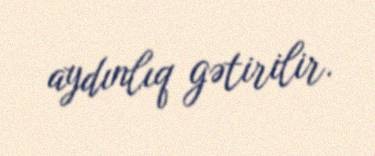
aydınlıq gətirilir.